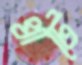
খাটে